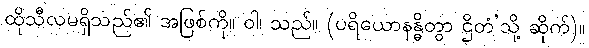
ထိုသီလမရှိသည်၏ အဖြစ်ကို။ ဝါ၊ သည်။ (ပရိယောနန္ဓိတွာ ဌိတံ’သို့ ဆိုက်)။